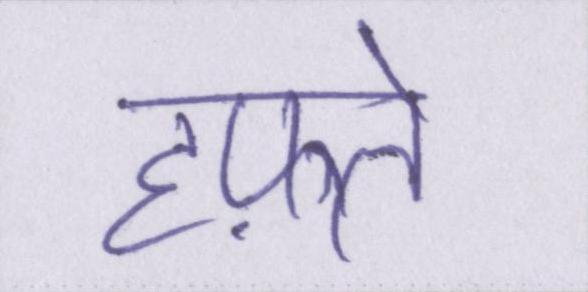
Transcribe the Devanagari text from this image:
हफ़्ते